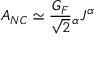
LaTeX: A _ { N C } \simeq \frac { G _ { F } } { \sqrt { 2 } } \l _ { \alpha } J ^ { \alpha }